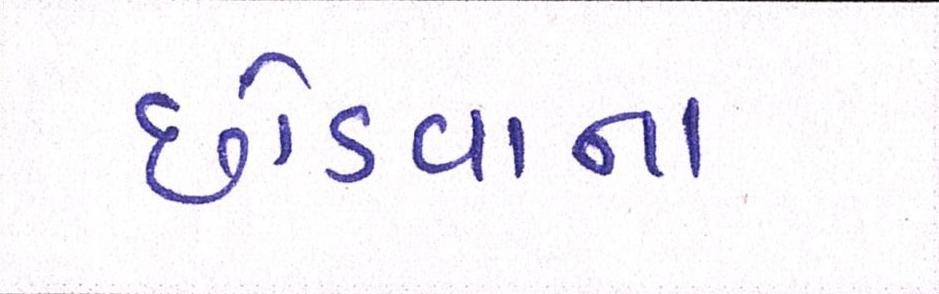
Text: છોડવાના